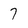
Character: 7